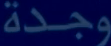
وجدة